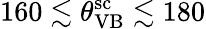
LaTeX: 160\lesssim{\theta}_{\mathrm{VB}}^{\mathrm{sc}}\lesssim 180